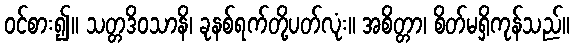
ဝင်စား၍။ သတ္တဒိဝသာနိ၊ ခုနစ်ရက်တို့ပတ်လုံး။ အစိတ္တာ၊ စိတ်မရှိကုန်သည်။